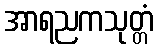
အာရညကသုတ္တံ